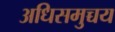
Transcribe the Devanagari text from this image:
अधिसमुच्चय